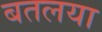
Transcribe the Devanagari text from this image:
बतलया